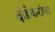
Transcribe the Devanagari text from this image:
दांडेकरांचा